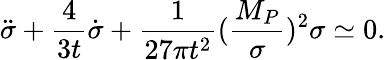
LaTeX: \ddot{\sigma}+\frac 4{3t}\dot{\sigma}+\frac 1{27\pi t^{2}}(\frac{M_{P}}\sigma)^{2}\sigma\simeq 0.